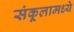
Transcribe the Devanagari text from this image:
संकूलामध्ये